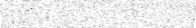
: